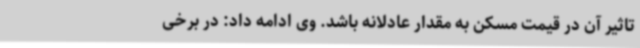
تاثیر آن در قیمت مسکن به مقدار عادلانه باشد. وی ادامه داد: در برخی